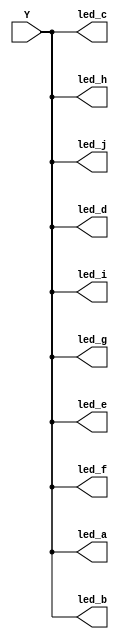
module leds_alarm (Y, led_a, led_b, led_c, led_d, led_e, led_f, led_g, led_h, led_i, led_j);
  input Y;
  output led_a, led_b, led_c, led_d, led_e, led_f, led_g, led_h, led_i, led_j;
  
   assign led_a = Y;
   assign led_b = Y;
   assign led_c = Y;
   assign led_d = Y;
   assign led_e = Y;
   assign led_f = Y;
   assign led_g = Y;
   assign led_h = Y;
   assign led_i = Y;
   assign led_j = Y;
  
endmodule